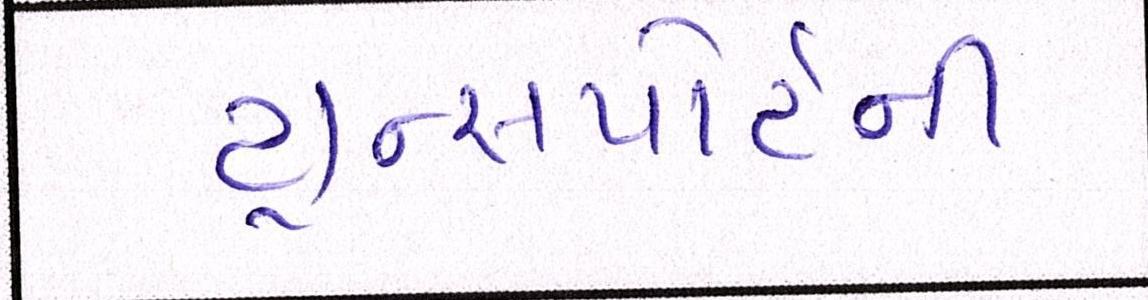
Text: ટ્રાન્સપોર્ટની